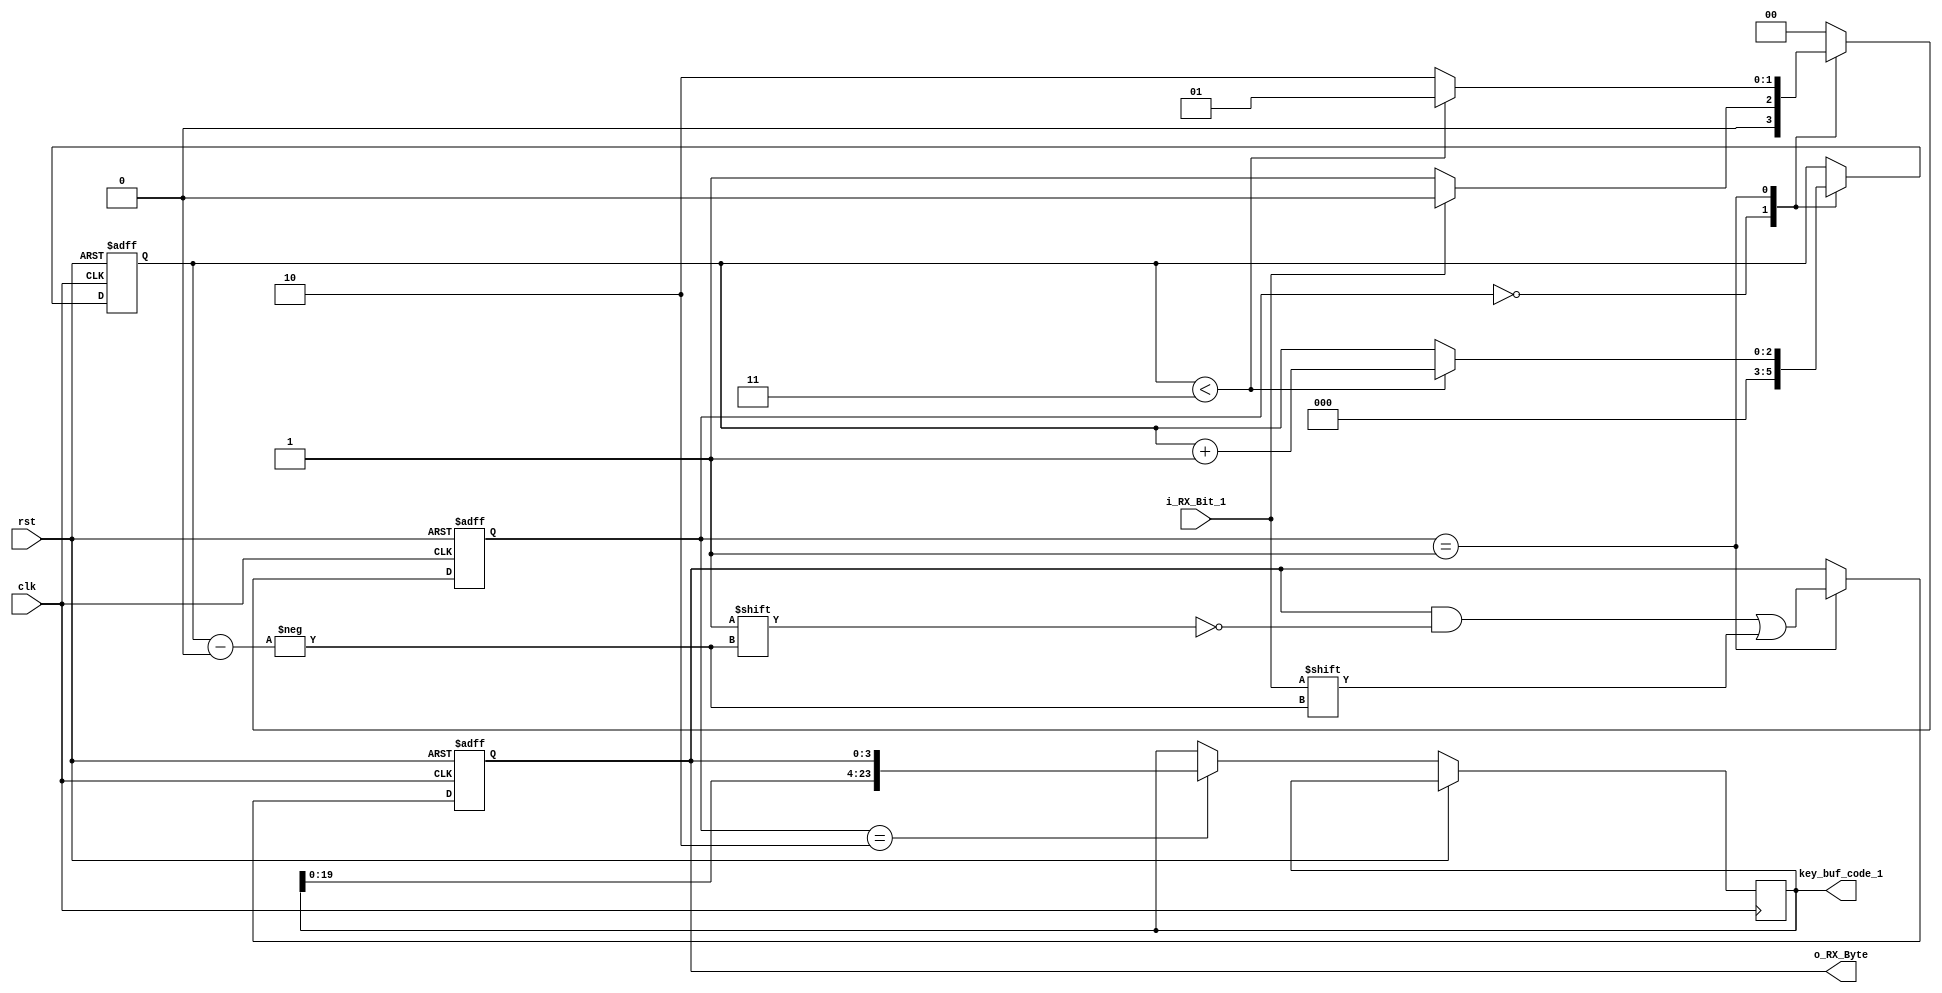
module UART_TX_2(
	input clk,
	input rst,
	input i_RX_Bit_1,
	output [3:0] o_RX_Byte,
	output reg [23:0] key_buf_code_1
);
	parameter [1:0] RX_START_ST = 2'd0;
	parameter [1:0] RX_DATA_ST = 2'd1;
	parameter [1:0] RX_STOP_ST = 2'd2;
	
	reg [1:0] r_SM_Main = RX_START_ST;
	reg [2:0] r_Byte_Idx = 3'd0;
	reg [3:0] r_RX_Byte = 4'd0;
	
	assign o_RX_Byte = r_RX_Byte;
	
	always @(posedge clk or posedge rst ) begin
		if( rst == 1'b1)begin
			r_Byte_Idx = 3'd0;
			r_RX_Byte =4'b0;
			r_SM_Main = RX_START_ST;
		end
		else begin
			case(r_SM_Main)
				RX_START_ST: begin
					r_Byte_Idx = 3'd0;

					if(i_RX_Bit_1 == 1'b0)
						r_SM_Main = RX_DATA_ST;
					else
						r_SM_Main = RX_START_ST;
				end
				RX_DATA_ST:begin
					r_RX_Byte[r_Byte_Idx] = i_RX_Bit_1 ;
					
					if(r_Byte_Idx < 3'd3)begin
						r_Byte_Idx = r_Byte_Idx+3'd1;
						r_SM_Main = RX_DATA_ST;
					end
					else
						r_SM_Main = RX_STOP_ST;
				end
				RX_STOP_ST: begin
					r_SM_Main = RX_START_ST;
					key_buf_code_1[23:0] = {key_buf_code_1[19:0],r_RX_Byte};
				end
				default:
					r_SM_Main = RX_START_ST;
			endcase 
		end
	end 
endmodule